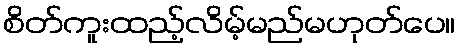
စိတ်ကူးထည့်လိမ့်မည်မဟုတ်ပေ။